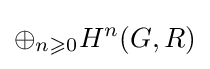
\oplus _{n\geqslant 0}H^{n}(G,R)